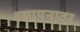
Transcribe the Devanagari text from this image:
रसायनावर